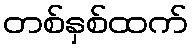
တစ်နှစ်ထက်